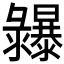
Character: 𢑾